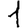
Digit: 1